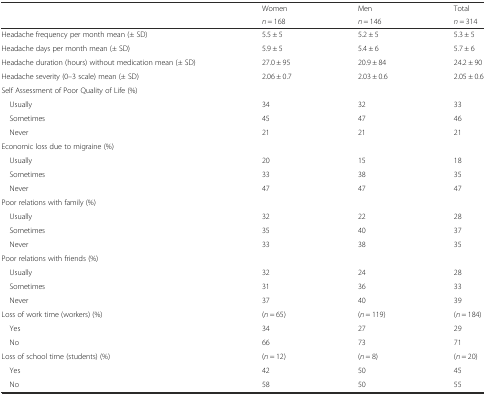
| <ROWSPAN=2>  | Women | Men | Total |
 | n = 168 | n = 146 | n = 314 |
 | --- | --- | --- | --- |
 | Headache frequency per month mean (± SD) | 5.5 ± 5 | 5.2 ± 5 | 5.3 ± 5 |
 | Headache days per month mean (± SD) | 5.9 ± 5 | 5.4 ± 6 | 5.7 ± 6 |
 | Headache duration (hours) without medication mean (± SD) | 27.0 ± 95 | 20.9 ± 84 | 24.2 ± 90 |
 | Headache severity (0–3 scale) mean (± SD) | 2.06 ± 0.7 | 2.03 ± 0.6 | 2.05 ± 0.6 |
 | <COLSPAN=4> Self Assessment of Poor Quality of Life (%) |
 | Usually | 34 | 32 | 33 |
 | Sometimes | 45 | 47 | 46 |
 | Never | 21 | 21 | 21 |
 | <COLSPAN=4> Economic loss due to migraine (%) |
 | Usually | 20 | 15 | 18 |
 | Sometimes | 33 | 38 | 35 |
 | Never | 47 | 47 | 47 |
 | <COLSPAN=4> Poor relations with family (%) |
 | Usually | 32 | 22 | 28 |
 | Sometimes | 35 | 40 | 37 |
 | Never | 33 | 38 | 35 |
 | Poor relations with friends (%) |  |  |  |
 | Usually | 32 | 24 | 28 |
 | Sometimes | 31 | 36 | 33 |
 | Never | 37 | 40 | 39 |
 | Loss of work time (workers) (%) | (n = 65) | (n = 119) | (n = 184) |
 | Yes | 34 | 27 | 29 |
 | No | 66 | 73 | 71 |
 | Loss of school time (students) (%) | (n = 12) | (n = 8) | (n = 20) |
 | Yes | 42 | 50 | 45 |
 | No | 58 | 50 | 55 |